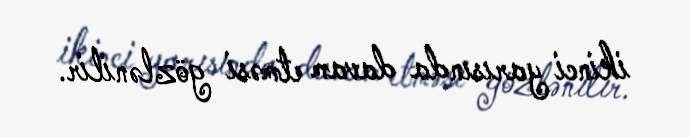
ikinci yarısında davam etməsi gözlənilir.